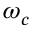
\omega _ { c }